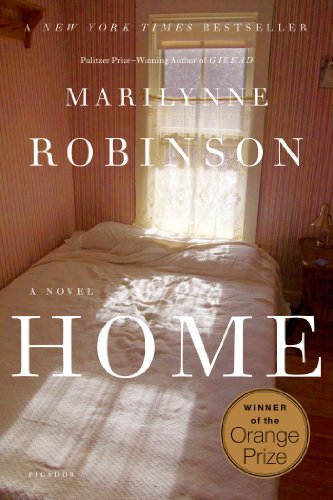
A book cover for Home: A Novel; Marilynne Robinson; Literature & Fiction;